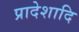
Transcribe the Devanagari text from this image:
प्रादेशादि